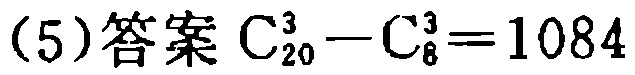
(5)答案 \(C_{20}^3 - C_{8}^3 = 1084\)